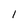
Character: l